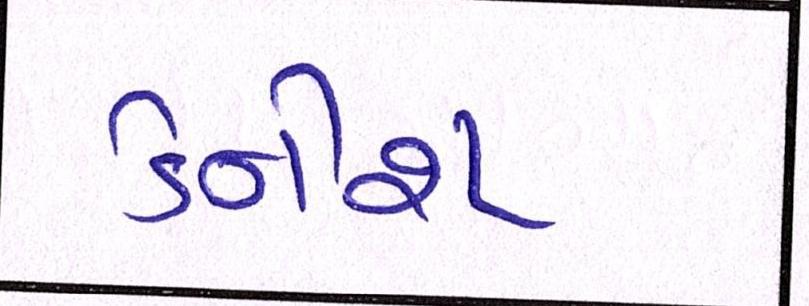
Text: ડેનીશ